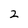
Character: 2